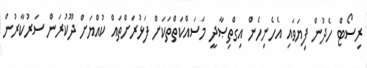
ރިސޯޓް ހެދުން ފިޔަވައި އެހެނިހެން އިގްތިޞާދީ މަސައްކަތްތަކަށް ފަޅުރަށްތައް ކުއްޔަށް ދޫކުރަން ސަރުކާރުން